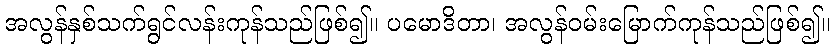
အလွန်နှစ်သက်ရွင်လန်းကုန်သည်ဖြစ်၍။ ပမောဒိတာ၊ အလွန်ဝမ်းမြောက်ကုန်သည်ဖြစ်၍။